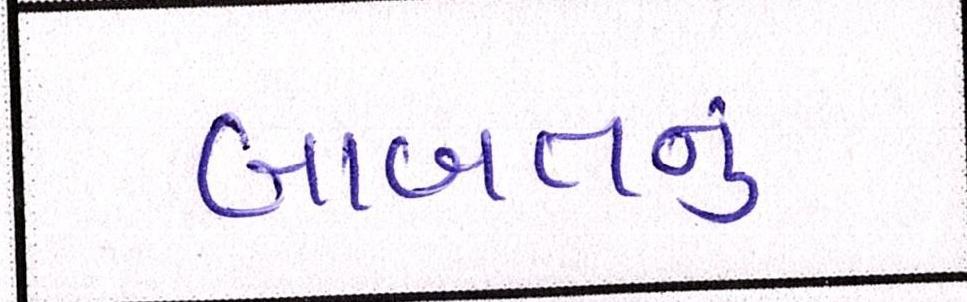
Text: બાબતનું